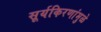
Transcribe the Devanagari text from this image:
सूर्यकिरणांमुळे